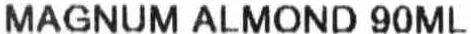
MAGNUM ALMOND 90ML